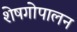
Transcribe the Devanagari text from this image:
शेषगोपालन